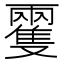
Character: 𩀝